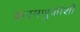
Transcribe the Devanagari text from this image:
करमणुकीशी